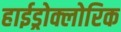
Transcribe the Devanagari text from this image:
हाईड्रोक्लोरिक